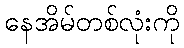
နေအိမ်တစ်လုံးကို